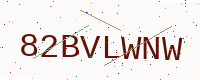
Text: 82BVLWNW